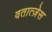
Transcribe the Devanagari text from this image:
वतात्ज़ेस